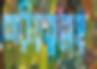
শরীয়তুল্লাহ্